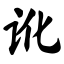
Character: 讹